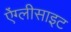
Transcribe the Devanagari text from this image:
ऐंग्लीसाइट